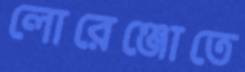
লোরেঞ্জোতে